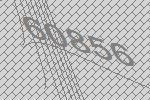
60856